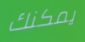
يمكنك